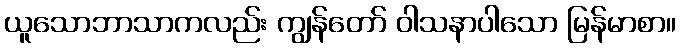
ယူသောဘာသာကလည်း ကျွန်တော် ဝါသနာပါသော မြန်မာစာ။